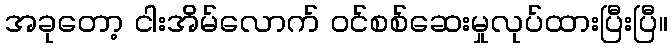
အခုတော့ ငါးအိမ်လောက် ဝင်စစ်ဆေးမှုလုပ်ထားပြီးပြီ။